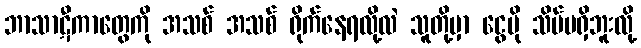
ဘာသာဋီကာတွေကို အသစ် အသစ် ရိုက်နေရလို့လဲ သူတို့မှာ ငွေပို သိပ်မရှိဘူးလို့